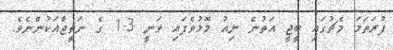
ފުރަތަމަ މެޗުގައި ބީޖީ އަތުން ނިއު މޮޅުވެފައި ވަނީ 3-1 ގެ ނަތީޖާއަކުންނެވެ.